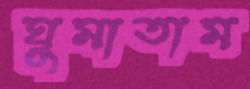
ঘুমাতাম